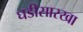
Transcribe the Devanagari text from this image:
घडीसारखा